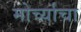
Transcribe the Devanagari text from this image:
मोर्च्याचा